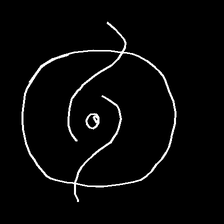
Glyph: repetition